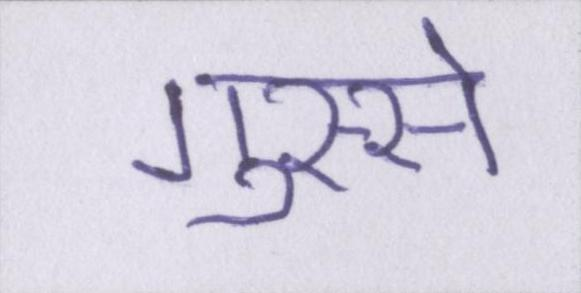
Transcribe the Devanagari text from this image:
गुस्से